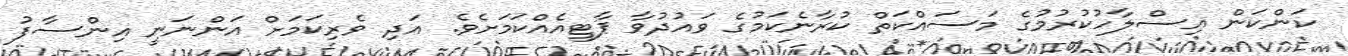
ކަންކަން އިސްލާހުކުރުމުގެ މަސައްކަތް ކުރާނެކަމުގެ ވައުދުވާ ޕާޓީއެއްކަމަށެވެ. އަދި ވެރިކަމަށް އަންނަނީ އިންސާފު